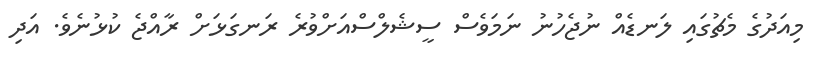
މިއަދުގެ މެޗުގައި ލަނޑެއް ނުޖެހުނު ނަމަވެސް ސީޝެލްސްއަށްވުރެ ރަނގަޅަށް ރާއްޖެ ކުޅުނެވެ. އަދި